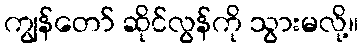
ကျွန်တော် ဆိုင်လွန်ကို သွားမလို့။